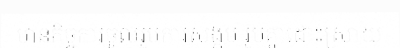
មានកិច្ចការចូលរួមការសង្គម រួមគ្នាដោះស្រាយ